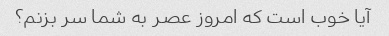
آیا خوب است که امروز عصر به شما سر بزنم؟